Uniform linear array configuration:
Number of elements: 24
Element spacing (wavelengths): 0.25
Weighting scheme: kaiser
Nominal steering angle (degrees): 60
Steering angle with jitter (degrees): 60.439
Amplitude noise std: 0.05
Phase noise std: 0.05

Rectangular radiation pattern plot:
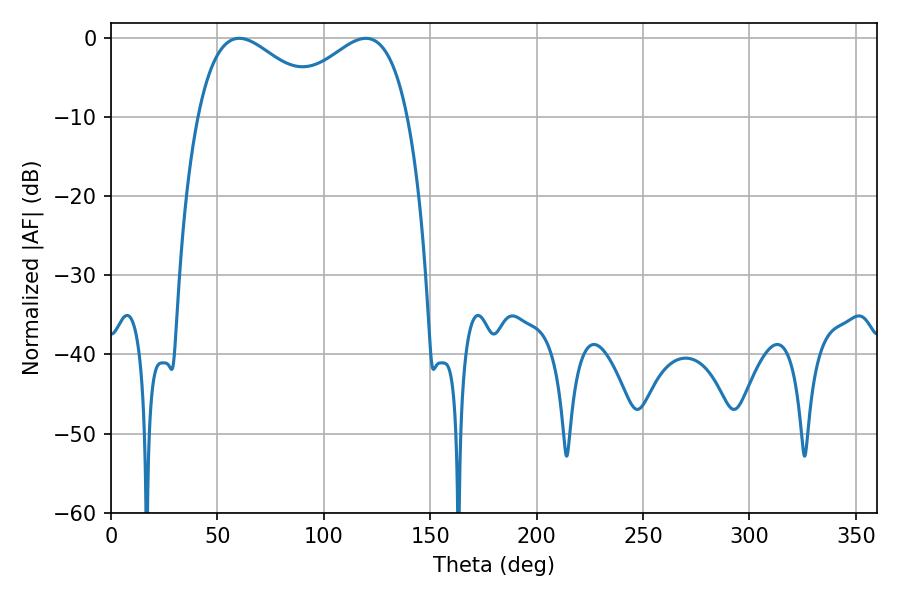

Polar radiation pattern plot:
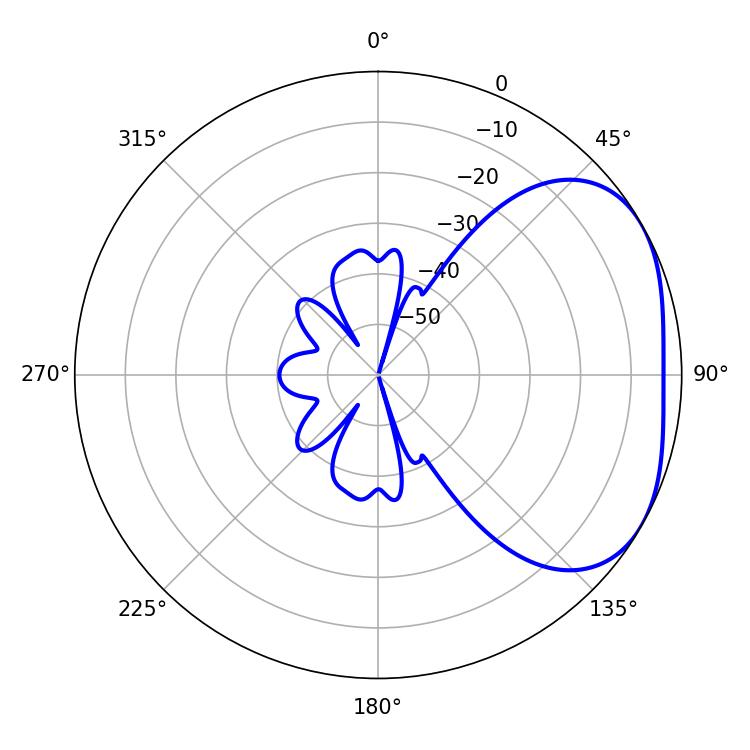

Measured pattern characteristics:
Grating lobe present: FALSE
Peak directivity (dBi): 3.014
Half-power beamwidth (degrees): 33.12
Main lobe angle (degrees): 60.3